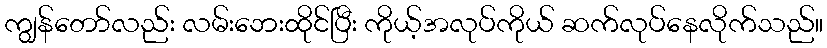
ကျွန်တော်လည်း လမ်းဘေးထိုင်ပြီး ကိုယ့်အလုပ်ကိုယ် ဆက်လုပ်နေလိုက်သည်။